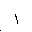
Letter: _alif